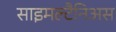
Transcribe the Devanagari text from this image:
साइमल्टैनिअस